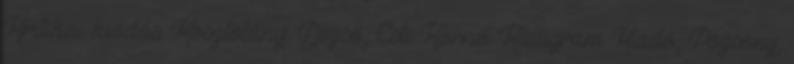
Kritikai kiadás. Kosztolányi Dezső, Esti Kornél Kalligram Kiadó, Pozsony,